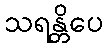
သရန္တိပေ